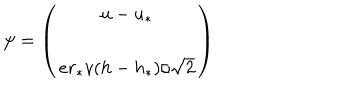
LaTeX: \psi = \left( \begin{matrix} { { u - u _ { * } } } \\ { { e r _ { * } v ( h - h _ { * } ) / \sqrt { 2 } } } \\ \end{matrix} \right)